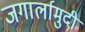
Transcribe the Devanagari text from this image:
जगार्लामुदी